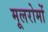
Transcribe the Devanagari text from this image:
मूलरोमों